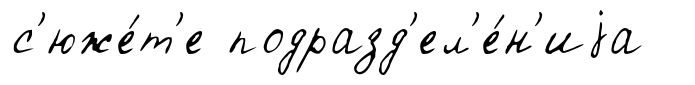
с'юже́т'е подразд'ел'е́н'иjа